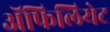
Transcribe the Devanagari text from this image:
अॅफिलियेट